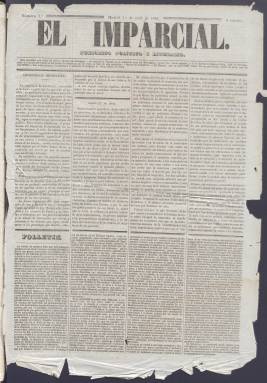
Título: El Imparcial (Madrid. 1846)
Colección: Periódicos anteriores a 1850
Ámbito geográfico: Madrid
Lugar de publicación: Madrid
Fechas: 01/04/1846-01/02/1847